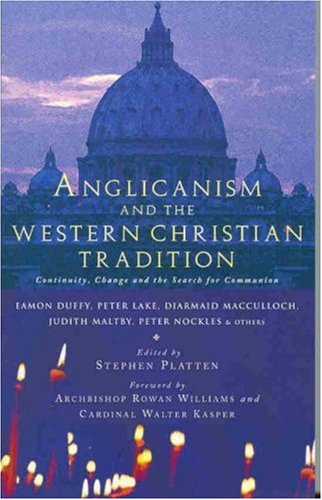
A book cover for Anglicanism and the Western Catholic Tradition; Eamon Duffy; Christian Books & Bibles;